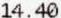
14.40